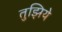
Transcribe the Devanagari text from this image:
तुझिये